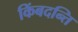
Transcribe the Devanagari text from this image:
किंबदन्ति